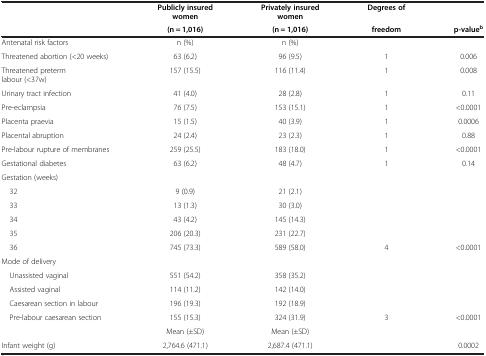
|  | Publicly insured women | Privately insured women | Degrees of |  |
 |  | (n = 1,016) | (n = 1,016) | freedom | p-valueb |
 | --- | --- | --- | --- | --- |
 | Antenatal risk factors | n (%) | n (%) |  |  |
 | Threatened abortion (<20 weeks) | 63 (6.2) | 96 (9.5) | 1 | 0.006 |
 | Threatened preterm labour (<37w) | 157 (15.5) | 116 (11.4) | 1 | 0.008 |
 | Urinary tract infection | 41 (4.0) | 28 (2.8) | 1 | 0.11 |
 | Pre-eclampsia | 76 (7.5) | 153 (15.1) | 1 | <0.0001 |
 | Placenta praevia | 15 (1.5) | 40 (3.9) | 1 | 0.0006 |
 | Placental abruption | 24 (2.4) | 23 (2.3) | 1 | 0.88 |
 | Pre-labour rupture of membranes | 259 (25.5) | 183 (18.0) | 1 | <0.0001 |
 | Gestational diabetes | 63 (6.2) | 48 (4.7) | 1 | 0.14 |
 | Gestation (weeks) |  |  |  |  |
 | 32 | 9 (0.9) | 21 (2.1) |  |  |
 | 33 | 13 (1.3) | 30 (3.0) |  |  |
 | 34 | 43 (4.2) | 145 (14.3) |  |  |
 | 35 | 206 (20.3) | 231 (22.7) |  |  |
 | 36 | 745 (73.3) | 589 (58.0) | 4 | <0.0001 |
 | Mode of delivery |  |  |  |  |
 | Unassisted vaginal | 551 (54.2) | 358 (35.2) |  |  |
 | Assisted vaginal | 114 (11.2) | 142 (14.0) |  |  |
 | Caesarean section in labour | 196 (19.3) | 192 (18.9) |  |  |
 | Pre-labour caesarean section | 155 (15.3) | 324 (31.9) | 3 | <0.0001 |
 |  | Mean (±SD) | Mean (±SD) |  |  |
 | Infant weight (g) | 2,764.6 (471.1) | 2,687.4 (471.1) |  | 0.0002 |